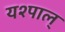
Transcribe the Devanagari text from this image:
यश्पाल्